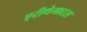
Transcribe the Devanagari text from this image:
एरीथेमाटस